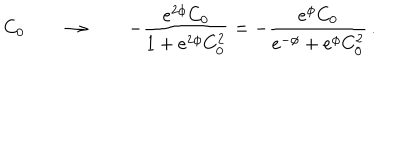
LaTeX: \, \, \, C _ { 0 } \qquad \rightarrow \qquad - \frac { e ^ { 2 \phi } C _ { 0 } } { 1 + e ^ { 2 \phi } C _ { 0 } ^ { 2 } } = - \frac { e ^ { \phi } C _ { 0 } } { e ^ { - \phi } + e ^ { \phi } C _ { 0 } ^ { 2 } } \, .